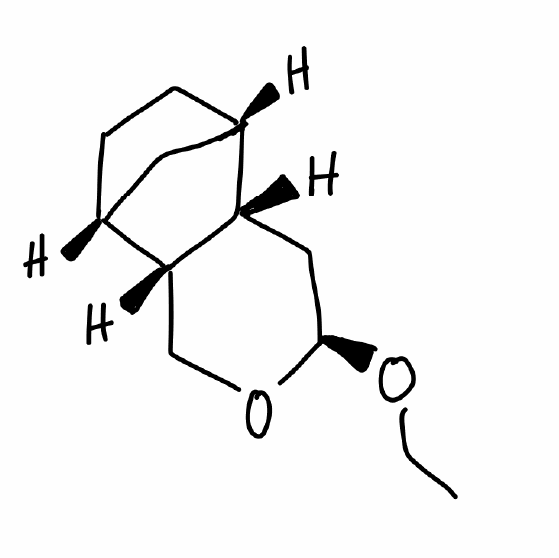
Simplified molecular-input line-entry system (SMILES) notation of the given molecule:
CCO[C@@H]1C[C@H]2[C@H]3CC[C@H](C3)[C@H]2CO1